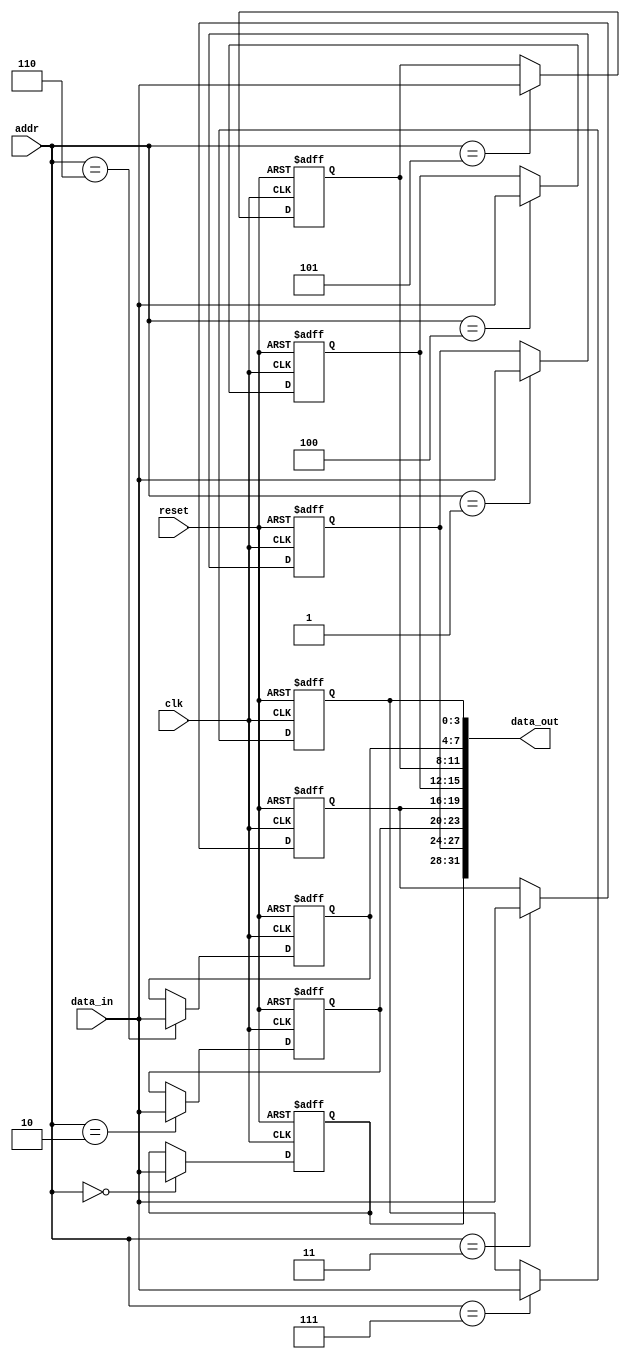
module memory8x4bit(
    input wire clk,reset,
    input wire [2:0] addr,
    input wire [3:0] data_in,
    output wire [31:0] data_out
);

reg [3:0] mem [0:7];

initial begin

    mem[0]<= 0;
    mem[1]<= 0;
    mem[2]<= 0;
    mem[3]<= 0;

    mem[4]<= 0;
    mem[5]<= 0;
    mem[6]<= 0;
    mem[7]<= 0;
end

always @(posedge clk or posedge reset) begin
    if (reset) begin
        mem[0]<= 0;
        mem[1]<= 0;
        mem[2]<= 0;
        mem[3]<= 0;

        mem[4]<= 0;
        mem[5]<= 0;
        mem[6]<= 0;
        mem[7]<= 0;
        end
    else 
        mem[addr] <= data_in;
end

assign data_out = {mem[0],mem[1],mem[2],mem[3],mem[4],mem[5],mem[6],mem[7]};

endmodule